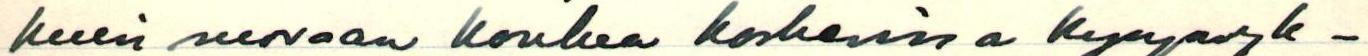
kuin suoraan koulua koskevissa kysymyk-